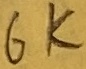
Text: 6K